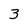
Character: 3